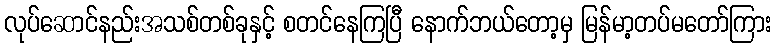
လုပ်ဆောင်နည်းအသစ်တစ်ခုနှင့် စတင်နေကြပြီ နောက်ဘယ်တော့မှ မြန်မာ့တပ်မတော်ကြား